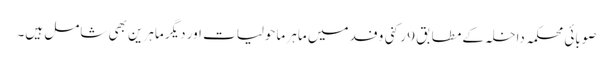
صوبائی محکمہ داخلہ کے مطابق 9 رکنی وفد میں ماہر ماحولیات اور دیگر ماہرین بھی شامل ہیں۔